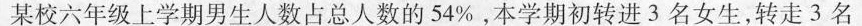
某校六年级上学期男生人数占总人数的54%。本学期初转进3名女生，转走3名